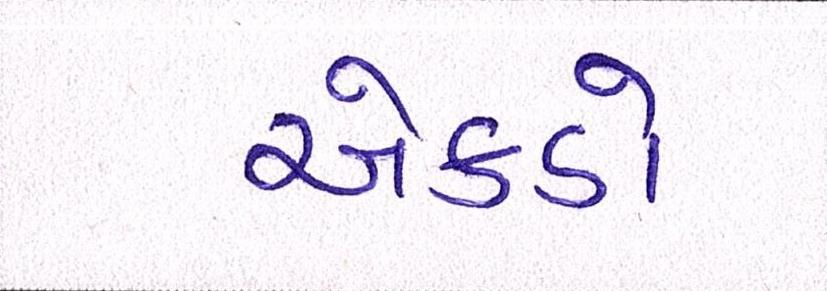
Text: એકડો